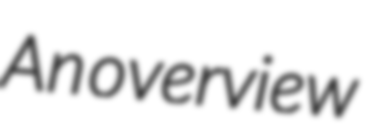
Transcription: An overview